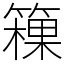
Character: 䉓